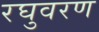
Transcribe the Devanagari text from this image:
रघुवरण